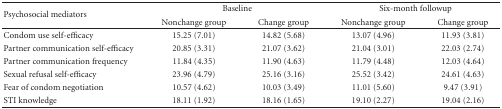
<table><thead><tr><td rowspan="2"><b>Psychosocial mediators</b></td><td colspan="2"><b>Baseline</b></td><td colspan="2"><b>Six-month followup</b></td></tr><tr><td><b>Nonchange group</b></td><td><b>Change group</b></td><td><b>Nonchange group</b></td><td><b>Change group</b></td></tr></thead><tbody><tr><td>Condom use self-efficacy</td><td>15.25 (7.01)</td><td>14.82 (5.68)</td><td>13.07 (4.96)</td><td>11.93 (3.81)</td></tr><tr><td>Partner communication self-efficacy</td><td>20.85 (3.31)</td><td>21.07 (3.62)</td><td>21.04 (3.01)</td><td>22.03 (2.74)</td></tr><tr><td>Partner communication frequency</td><td>11.84 (4.35)</td><td>11.90 (4.63)</td><td>11.79 (4.48)</td><td>12.03 (4.64)</td></tr><tr><td>Sexual refusal self-efficacy</td><td>23.96 (4.79)</td><td>25.16 (3.16)</td><td>25.52 (3.42)</td><td>24.61 (4.63)</td></tr><tr><td>Fear of condom negotiation</td><td>10.57 (4.62)</td><td>10.03 (3.49)</td><td>11.01 (5.60)</td><td>9.47 (3.91)</td></tr><tr><td>STI knowledge</td><td>18.11 (1.92)</td><td>18.16 (1.65)</td><td>19.10 (2.27)</td><td>19.04 (2.16)</td></tr></tbody></table>